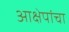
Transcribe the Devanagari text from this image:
आक्षेपांचा